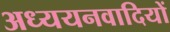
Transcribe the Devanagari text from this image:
अध्ययनवादियों